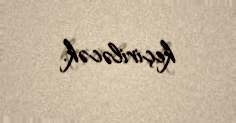
keçiriləcək.